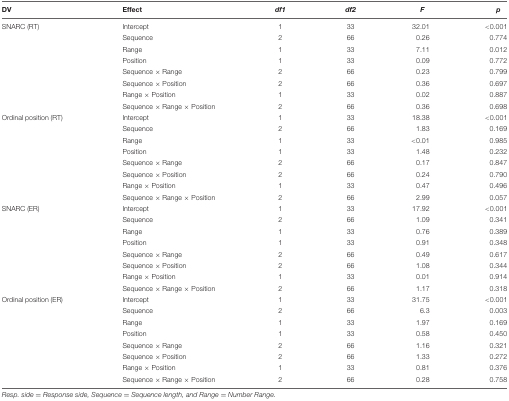
<table><thead><tr><td><b>DV</b></td><td><b>Effect</b></td><td><b><i>df1</i></b></td><td><b><i>df2</i></b></td><td><b><i>F</i></b></td><td><b><i>p</i></b></td></tr></thead><tbody><tr><td>SNARC (RT)</td><td>Intercept</td><td>1</td><td>33</td><td>32.01</td><td>&lt;0.001</td></tr><tr><td></td><td>Sequence</td><td>2</td><td>66</td><td>0.26</td><td>0.774</td></tr><tr><td></td><td>Range</td><td>1</td><td>33</td><td>7.11</td><td>0.012</td></tr><tr><td></td><td>Position</td><td>1</td><td>33</td><td>0.09</td><td>0.772</td></tr><tr><td></td><td>Sequence × Range</td><td>2</td><td>66</td><td>0.23</td><td>0.799</td></tr><tr><td></td><td>Sequence × Position</td><td>2</td><td>66</td><td>0.36</td><td>0.697</td></tr><tr><td></td><td>Range × Position</td><td>1</td><td>33</td><td>0.02</td><td>0.887</td></tr><tr><td></td><td>Sequence × Range × Position</td><td>2</td><td>66</td><td>0.36</td><td>0.698</td></tr><tr><td>Ordinal position (RT)</td><td>Intercept</td><td>1</td><td>33</td><td>18.38</td><td>&lt;0.001</td></tr><tr><td></td><td>Sequence</td><td>2</td><td>66</td><td>1.83</td><td>0.169</td></tr><tr><td></td><td>Range</td><td>1</td><td>33</td><td>&lt;0.01</td><td>0.985</td></tr><tr><td></td><td>Position</td><td>1</td><td>33</td><td>1.48</td><td>0.232</td></tr><tr><td></td><td>Sequence × Range</td><td>2</td><td>66</td><td>0.17</td><td>0.847</td></tr><tr><td></td><td>Sequence × Position</td><td>2</td><td>66</td><td>0.24</td><td>0.790</td></tr><tr><td></td><td>Range × Position</td><td>1</td><td>33</td><td>0.47</td><td>0.496</td></tr><tr><td></td><td>Sequence × Range × Position</td><td>2</td><td>66</td><td>2.99</td><td>0.057</td></tr><tr><td>SNARC (ER)</td><td>Intercept</td><td>1</td><td>33</td><td>17.92</td><td>&lt;0.001</td></tr><tr><td></td><td>Sequence</td><td>2</td><td>66</td><td>1.09</td><td>0.341</td></tr><tr><td></td><td>Range</td><td>1</td><td>33</td><td>0.76</td><td>0.389</td></tr><tr><td></td><td>Position</td><td>1</td><td>33</td><td>0.91</td><td>0.348</td></tr><tr><td></td><td>Sequence × Range</td><td>2</td><td>66</td><td>0.49</td><td>0.617</td></tr><tr><td></td><td>Sequence × Position</td><td>2</td><td>66</td><td>1.08</td><td>0.344</td></tr><tr><td></td><td>Range × Position</td><td>1</td><td>33</td><td>0.01</td><td>0.914</td></tr><tr><td></td><td>Sequence × Range × Position</td><td>2</td><td>66</td><td>1.17</td><td>0.318</td></tr><tr><td>Ordinal position (ER)</td><td>Intercept</td><td>1</td><td>33</td><td>31.75</td><td>&lt;0.001</td></tr><tr><td></td><td>Sequence</td><td>2</td><td>66</td><td>6.3</td><td>0.003</td></tr><tr><td></td><td>Range</td><td>1</td><td>33</td><td>1.97</td><td>0.169</td></tr><tr><td></td><td>Position</td><td>1</td><td>33</td><td>0.58</td><td>0.450</td></tr><tr><td></td><td>Sequence × Range</td><td>2</td><td>66</td><td>1.16</td><td>0.321</td></tr><tr><td></td><td>Sequence × Position</td><td>2</td><td>66</td><td>1.33</td><td>0.272</td></tr><tr><td></td><td>Range × Position</td><td>1</td><td>33</td><td>0.81</td><td>0.376</td></tr><tr><td></td><td>Sequence × Range × Position</td><td>2</td><td>66</td><td>0.28</td><td>0.758</td></tr></tbody></table>